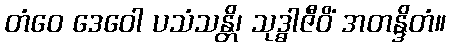
တံဝေ ဒေဝေါ ပသံသန္တိ၊ သုဒ္ဓါဇီဝိံ အတန္ဒိတံ။